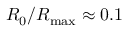
R _ { 0 } / R _ { \mathrm { m a x } } \approx 0 . 1